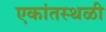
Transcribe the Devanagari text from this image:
एकांतस्थळी